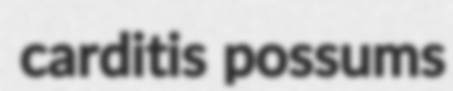
carditis possums